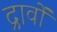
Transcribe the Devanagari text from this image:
द्रावों